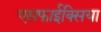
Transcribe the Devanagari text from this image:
एसफाईक्सिया